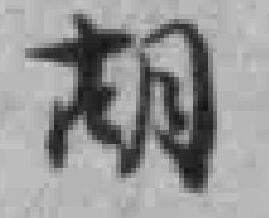
胡